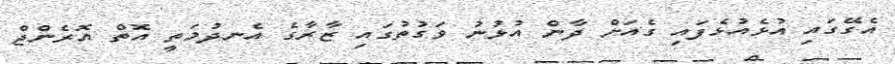
އެގޭގައި އުޅެއުޅެފައި ގެއަށް ދާން އުޅުނު ވަގުތުގައި ޒާރާގެ އެނދުމަތީ އޮތް އޮރެންޖް